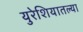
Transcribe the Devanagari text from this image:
युरेशियातल्या